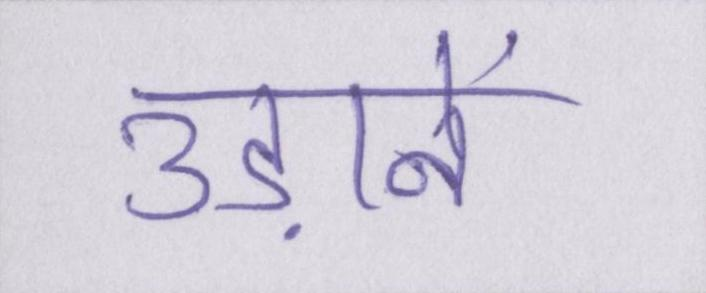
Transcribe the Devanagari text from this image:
उड़ानें